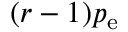
( r - 1 ) p _ { \mathrm { e } }